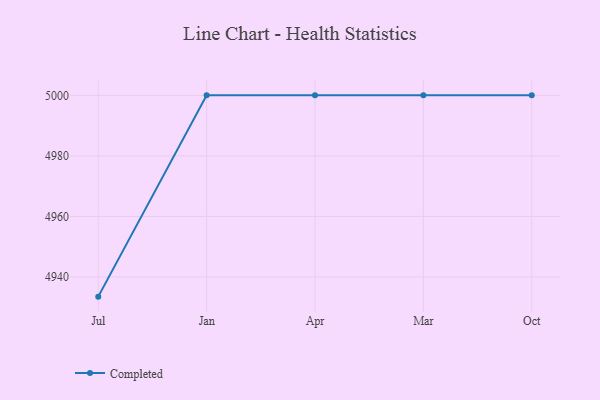
{"axis": {"x": "Month", "y": "Production Output"}, "legend": ["Completed"], "data": [{"x": "Jul", "y": 4933.5, "type": "Completed"}, {"x": "Jan", "y": 5000, "type": "Completed"}, {"x": "Apr", "y": 5000, "type": "Completed"}, {"x": "Mar", "y": 5000, "type": "Completed"}, {"x": "Oct", "y": 5000, "type": "Completed"}]}